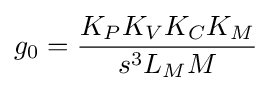
g_{0}={\frac {K_{P}K_{V}K_{C}K_{M}}{s^{3}L_{M}M}}